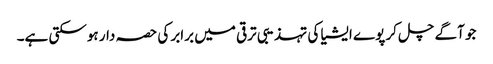
جو آگے چل کر پوے ایشیا کی تہذیبی ترقی میں برابر کی حصہ دار ہوسکتی ہے۔